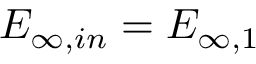
E _ { \infty , i n } = E _ { \infty , 1 }